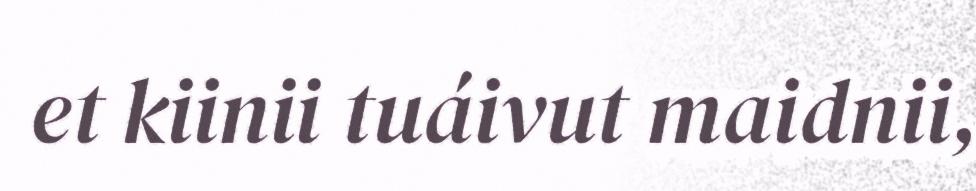
et kiinii tuáivut maidnii,